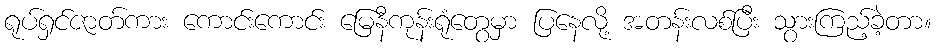
ရုပ်ရှင်ဇာတ်ကား ကောင်းကောင်း မြေနီကုန်းရုံတွေမှာ ပြနေလို့ အတန်းလစ်ပြီး သွားကြည့်ခဲ့တာ။